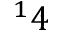
^ 1 4